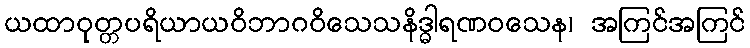
ယထာဝုတ္တပရိယာယဝိဘာဂဝိသေသနိဒ္ဓါရဏဝသေန၊ အကြင်အကြင်